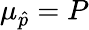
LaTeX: \mu_{\hat{p}}=P